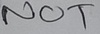
Text: NOT